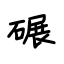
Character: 碾